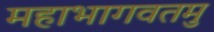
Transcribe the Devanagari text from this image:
महाभागवतमु